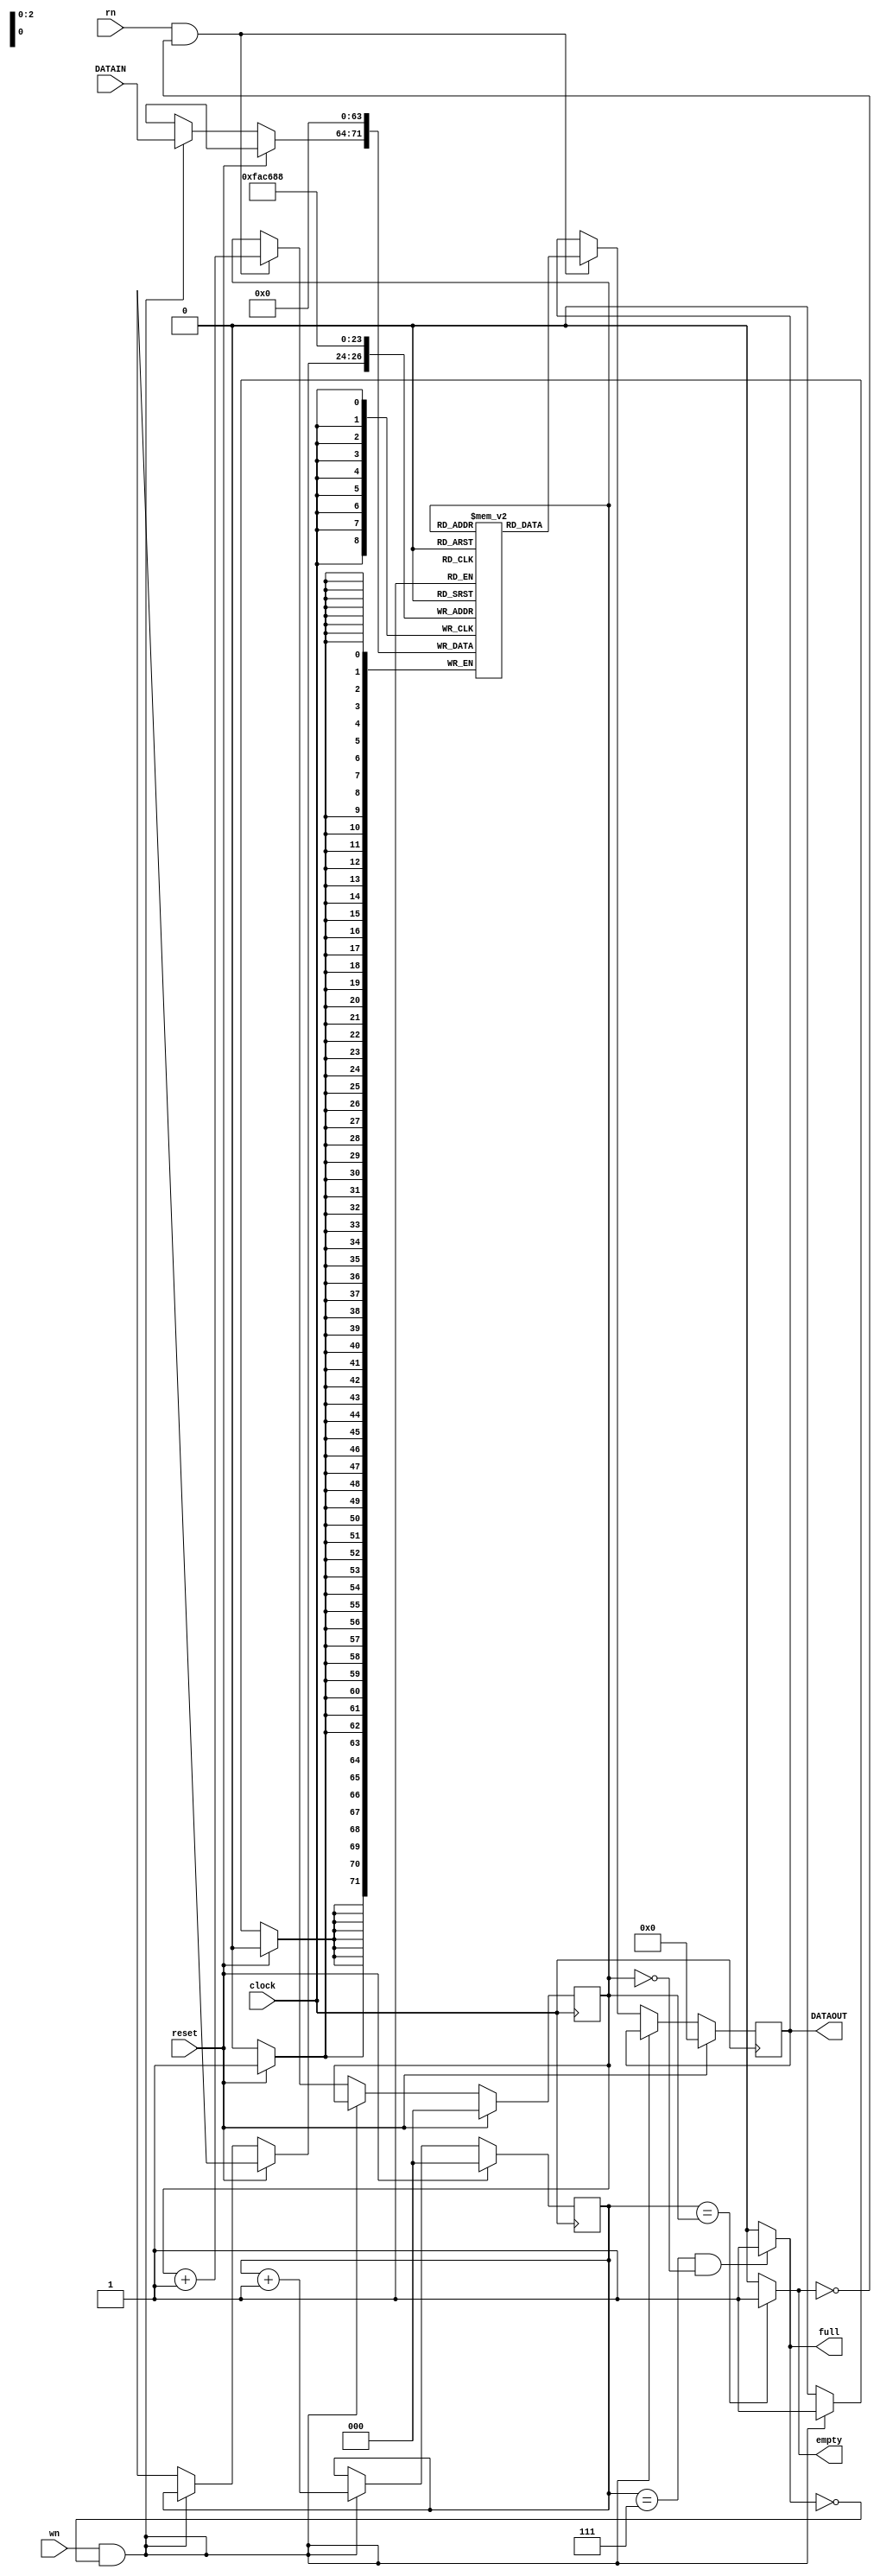
// This is linear queue / FIFO
// The queue length 8
// The data width is also 8 bits
module jFIFO(DATAOUT, full, empty, clock, reset, wn, rn, DATAIN);
  output reg [7:0] DATAOUT;
  output full, empty;
  input [7:0] DATAIN;
  input clock, reset, wn, rn; // Need to understand what is wn and rn are for
  
  reg [2:0] wptr, rptr; // pointers tracking the stack
  reg [7:0] memory [7:0]; // the stack is 8 bit wide and 8 locations in size
  
  assign full = ( (wptr == 3'b111) & (rptr == 3'b000) ? 1 : 0 );
  assign empty = (wptr == rptr) ? 1 : 0;
  
  always @(posedge clock)
  begin
    if (reset)
      begin
        memory[0] <= 0; memory[1] <= 0; memory[2] <= 0; memory[3] <= 0;
        memory[4] <= 0; memory[5] <= 0; memory[6] <= 0; memory[7] <= 0;
        DATAOUT <= 0; wptr <= 0; rptr <= 0;
      end
    else if (wn & !full)
      begin
        memory[wptr] <= DATAIN;
        wptr <= wptr + 1;
      end
    else if (rn & !empty)
      begin
        DATAOUT <= memory[rptr];
        rptr <= rptr + 1;
      end
  end
endmodule